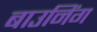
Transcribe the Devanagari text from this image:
बाउनिंग